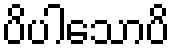
ပိပါသောပိ